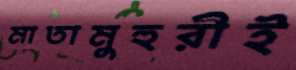
মাতামুহুরীই